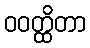
ဝဝတ္ထိတာ